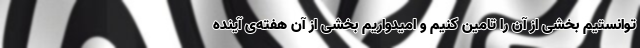
توانستیم بخشی از آن را تامین کنیم و امیدواریم بخشی از آن هفته‌ی آینده